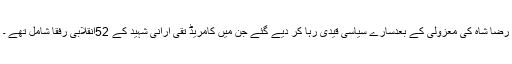
رضا شاہ کی معزولی کے بعدسارے سیاسی قیدی رہا کر دیے گئے جن میں کامریڈ تقی ارانی شہید کے 52انقلابی رفقا شامل تھے ۔